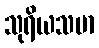
သုရိယသမာ